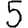
Digit: 5